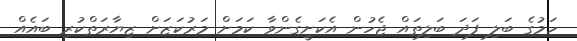
ހަމުގެ ބަލި ފަދަ ބަލިތައް ޖެހުން އެކަށީގެންވާ ކަމަށް މަރުކަޒަށް ޒިޔާރަތްކުރި ބައެއް